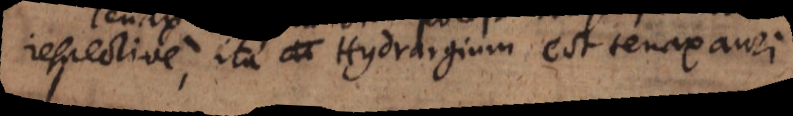
respective, ita Hydrargium est tenax auri